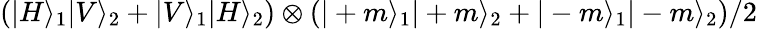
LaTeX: \left(|H\rangle_{1}|V\rangle_{2}+|V\rangle_{1}|H\rangle_{2}\right)\otimes\left(|+m\rangle_{1}|+m\rangle_{2}+|-m\rangle_{1}|-m\rangle_{2}\right)/2